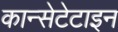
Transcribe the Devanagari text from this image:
कान्सेटेटाइन